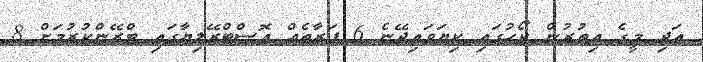
އަދި މީގެ އިތުރުން ކޯހުގައި ކިޔަވައިދޭނެ 6 ފަރާތެއް އޮސްޓްރޭލިޔާގައި ޓްރޭންކުރުމަށް 8